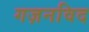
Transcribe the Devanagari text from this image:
गज़नविद